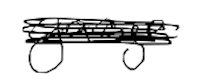
Text: garage
Cross-out: scratch
Writing tool: digital_black